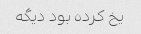
یخ کرده بود دیگه